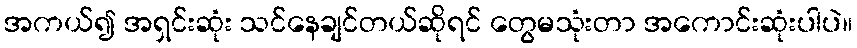
အကယ်၍ အရှင်းဆုံး သင်နေချင်တယ်ဆိုရင် တွေမသုံးတာ အကောင်းဆုံးပါပဲ။